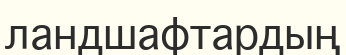
ландшафтардың